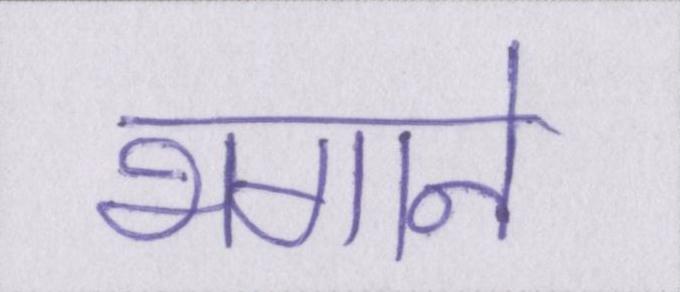
भगाने